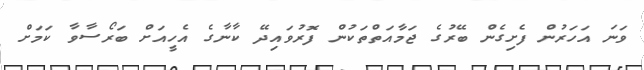
ވަނަ އަހަރުން ފެށިގެން ބޭރުގެ ޖަމާއަތްތަކުން ފޮރުވައިދޭ ކާނާގެ އެހީއަށް ބަރޯސާވާ ކަމަށް